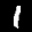
Label: 1